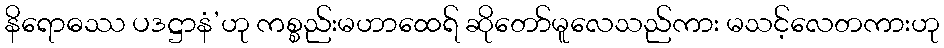
နိရောဓဿ ပဒဋ္ဌာနံ’ဟု ကစ္စည်းမဟာထေရ် ဆိုတော်မူလေသည်ကား မသင့်လေတကားဟု